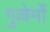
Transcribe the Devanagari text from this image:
गुल्लेर्मो